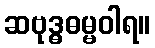
ဆဗုဒ္ဓဓမ္မဝါရ။